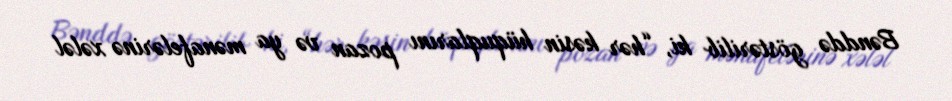
Bənddə göstərilib ki, “hər kəsin hüquqlarını pozan və ya mənafelərinə xələl